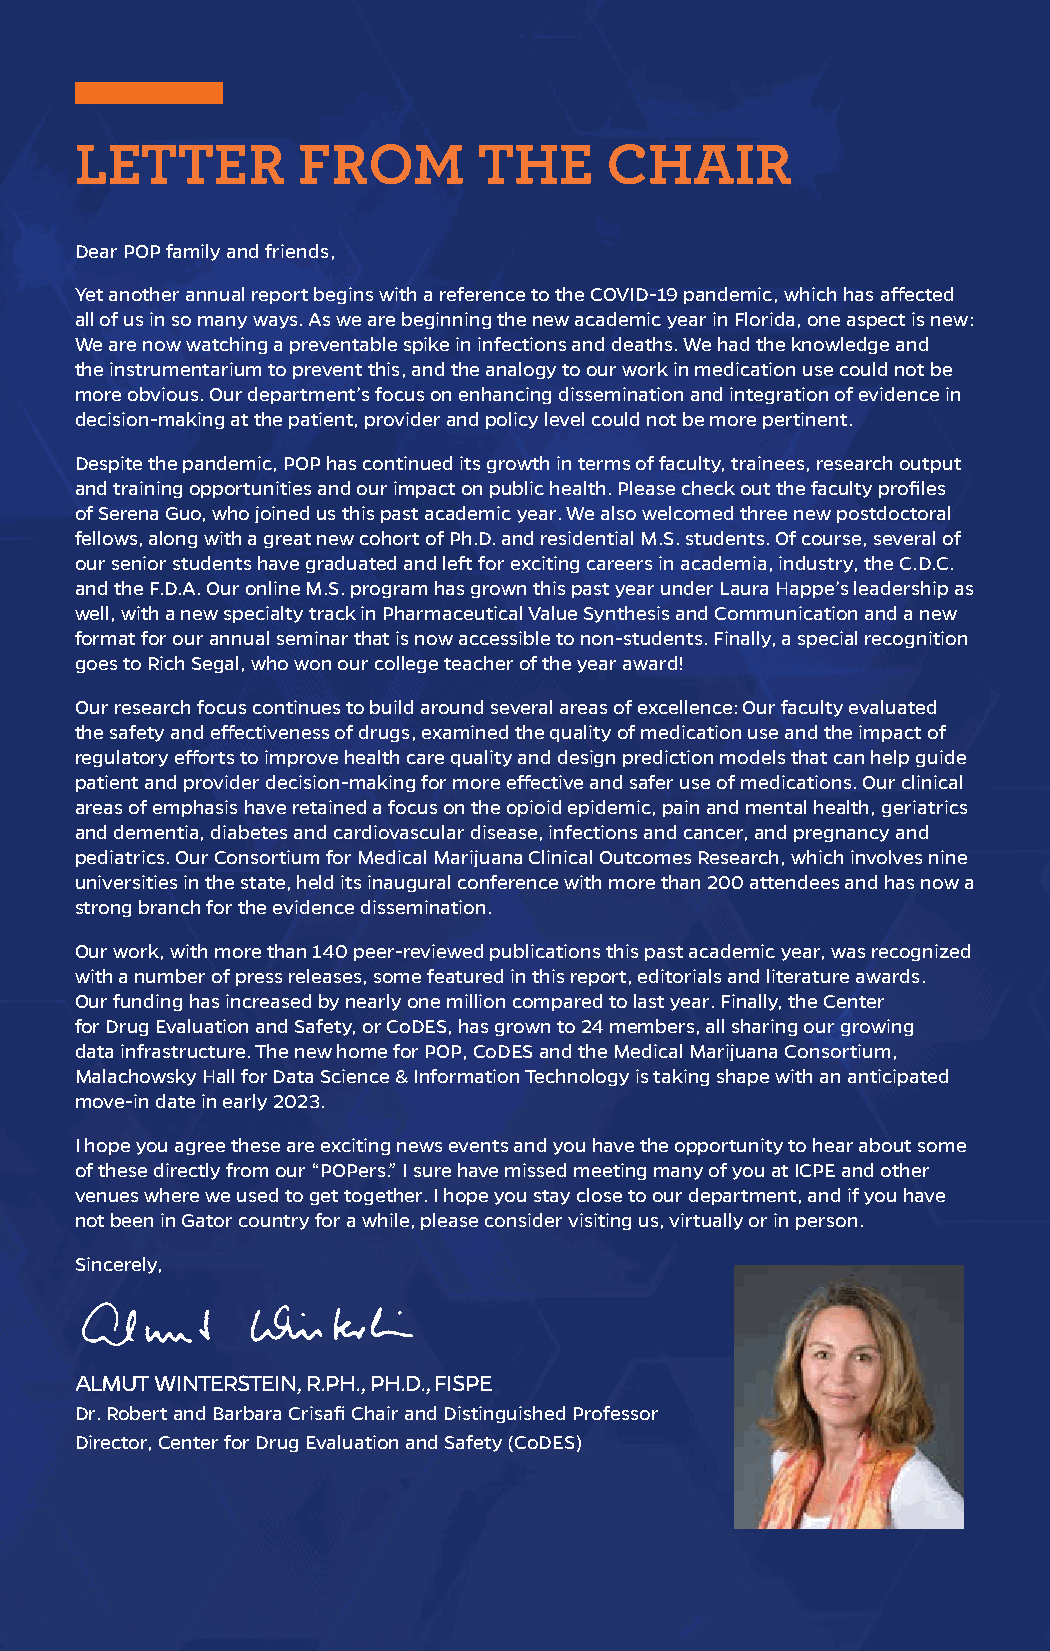
LETTER         FROM        THE     CHAIR
 Dear POP family and friends,
 Yet another annual report begins with a reference to the COVID-19 pandemic, which has affected
 all of us in so many ways. As we are beginning the new academic year in Florida, one aspect is new:
 We are now watching a preventable spike in infections and deaths. We had the knowledge and
 the instrumentarium to prevent this, and the analogy to our work in medication use could not be
 more obvious. Our department’s focus on enhancing dissemination and integration of evidence in
 decision-making at the patient, provider and policy level could not be more pertinent.
 Despite the pandemic, POP has continued its growth in terms of faculty, trainees, research output
 and training opportunities and our impact on public health. Please check out the faculty profiles
 of Serena Guo, who joined us this past academic year. We also welcomed three new postdoctoral
 fellows, along with a great new cohort of Ph.D. and residential M.S. students. Of course, several of
 our senior students have graduated and left for exciting careers in academia, industry, the C.D.C.
 and the F.D.A. Our online M.S. program has grown this past year under Laura Happe’s leadership as
 well, with a new specialty track in Pharmaceutical Value Synthesis and Communication and a new
 format for our annual seminar that is now accessible to non-students. Finally, a special recognition
 goes to Rich Segal, who won our college teacher of the year award!
 Our research focus continues to build around several areas of excellence: Our faculty evaluated
 the safety and effectiveness of drugs, examined the quality of medication use and the impact of
 regulatory efforts to improve health care quality and design prediction models that can help guide
 patient and provider decision-making for more effective and safer use of medications. Our clinical
 areas of emphasis have retained a focus on the opioid epidemic, pain and mental health, geriatrics
 and dementia, diabetes and cardiovascular disease, infections and cancer, and pregnancy and
 pediatrics. Our Consortium for Medical Marijuana Clinical Outcomes Research, which involves nine
 universities in the state, held its inaugural conference with more than 200 attendees and has now a
 strong branch for the evidence dissemination.
 Our work, with more than 140 peer-reviewed publications this past academic year, was recognized
 with a number of press releases, some featured in this report, editorials and literature awards.
 Our funding has increased by nearly one million compared to last year. Finally, the Center
 for Drug Evaluation and Safety, or CoDES, has grown to 24 members, all sharing our growing
 data infrastructure. The new home for POP, CoDES and the Medical Marijuana Consortium,
 Malachowsky Hall for Data Science & Information Technology is taking shape with an anticipated
 move-in date in early 2023.
 I hope you agree these are exciting news events and you have the opportunity to hear about some
 of these directly from our “POPers.” I sure have missed meeting many of you at ICPE and other
 venues where we used to get together. I hope you stay close to our department, and if you have
 not been in Gator country for a while, please consider visiting us, virtually or in person.
 Sincerely,
 ALMUT WINTERSTEIN, R.PH., PH.D., FISPE
 Dr. Robert and Barbara Crisafi Chair and Distinguished Professor
 Director, Center for Drug Evaluation and Safety (CoDES)
 2 | UF DEPARTMENT OF PHARMACEUTICAL OUTCOMES & POLICY